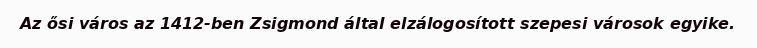
Az ősi város az 1412-ben Zsigmond által elzálogosított szepesi városok egyike.